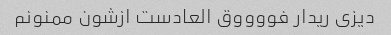
دیزی ریدار فووووق العادست ازشون ممنونم